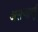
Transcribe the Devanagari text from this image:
असणार्याु